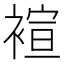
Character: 䙋